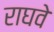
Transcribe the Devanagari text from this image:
राघवे